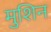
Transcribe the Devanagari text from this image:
मुशिन